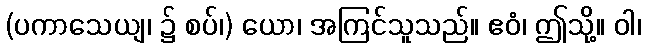
(ပကာသေယျ၊ ၌ စပ်၊) ယော၊ အကြင်သူသည်။ ဧဝံ၊ ဤသို့။ ဝါ၊